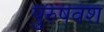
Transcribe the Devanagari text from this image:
पुरुषवंश